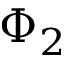
\Phi _ { 2 }